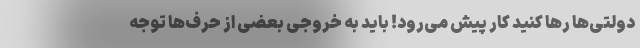
دولتی‌ها رها کنید کار پیش می‌رود! باید به خروجی بعضی از حرف‌ها توجه